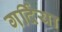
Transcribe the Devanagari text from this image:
गर्दिया